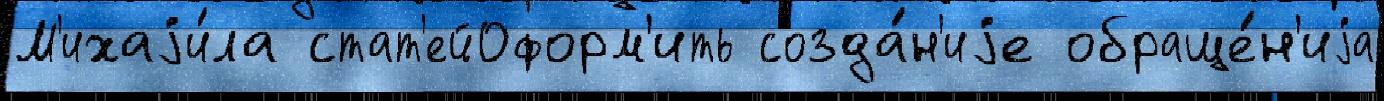
М'ихаjи́ла стат'ейОформ'ить созда́н'иjе обраще́н'иjа